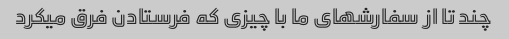
چند تا از سفارشهای ما با چیزی که فرستادن فرق میکرد